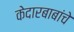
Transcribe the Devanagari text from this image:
केदारबाबांचे